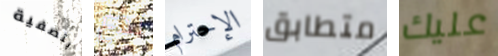
بتصفية ندع الإحترام متطابق عليك